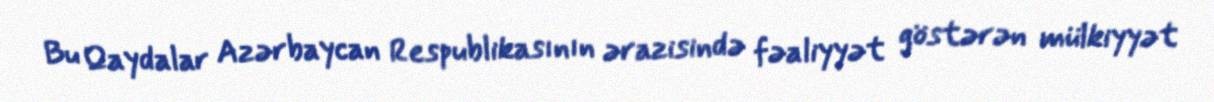
Bu Qaydalar Azərbaycan Respublikasının ərazisində fəaliyyət göstərən mülkiyyət